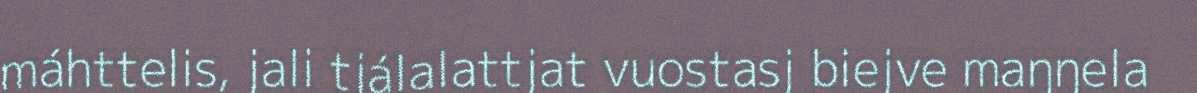
máhttelis, jali tjálalattjat vuostasj biejve maŋŋela